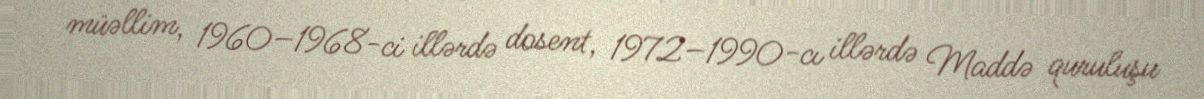
müəllim, 1960–1968-ci illərdə dosent, 1972–1990-cı illərdə Maddə quruluşu